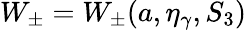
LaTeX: W_{\pm}=W_{\pm}(a,\eta_{\gamma},S_{3})